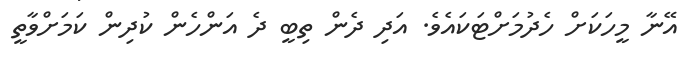
އޭނާ މީހަކަށް ހެދުމަށްޓަކައެވެ. އަދި ދެން ތިބީ ދެ އަންހެން ކުދިން ކަމަށްވާތީ